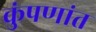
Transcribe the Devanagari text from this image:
कुंपणांत